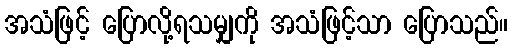
အသံဖြင့် ပြောလို့ရသမျှကို အသံဖြင့်သာ ပြောသည်။